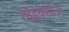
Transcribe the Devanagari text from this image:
लेइक्सोस